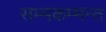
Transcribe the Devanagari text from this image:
सम्मकम्मन्त